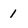
Character: 1